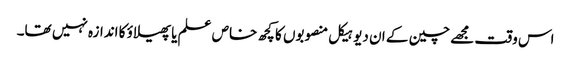
اس وقت مجھے چین کے ان دیو ہیکل منصوبوں کا کچھ خاص علم یا پھیلاؤ کا اندازہ نہیں تھا۔